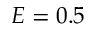
E = 0 . 5